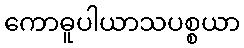
ကောဓူပါယာသပစ္စယာ